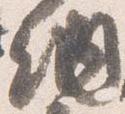
納